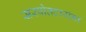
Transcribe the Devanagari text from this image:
सरपोतदारांना